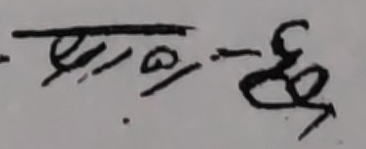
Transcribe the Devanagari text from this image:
प्रभु-छे